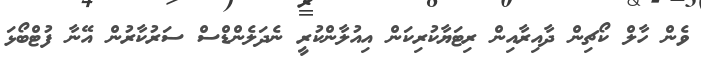
ވެން ހާލް ކޯޗިން ދާއިރާއިން ރިޓަޔާކުރިކަން އިއުލާންކުރީ ނެދަލެންޑްސް ސަރުކާރުން އޭނާ ފުޓްބޯޅަ